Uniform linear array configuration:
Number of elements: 24
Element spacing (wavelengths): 0.25
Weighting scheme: kaiser
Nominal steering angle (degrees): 45
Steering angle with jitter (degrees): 45.645
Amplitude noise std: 0.05
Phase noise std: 0.05

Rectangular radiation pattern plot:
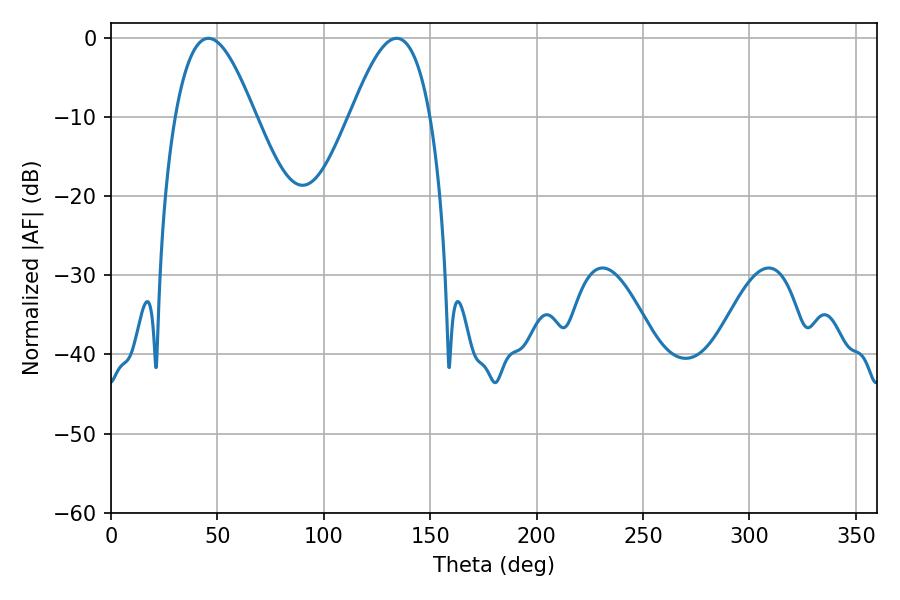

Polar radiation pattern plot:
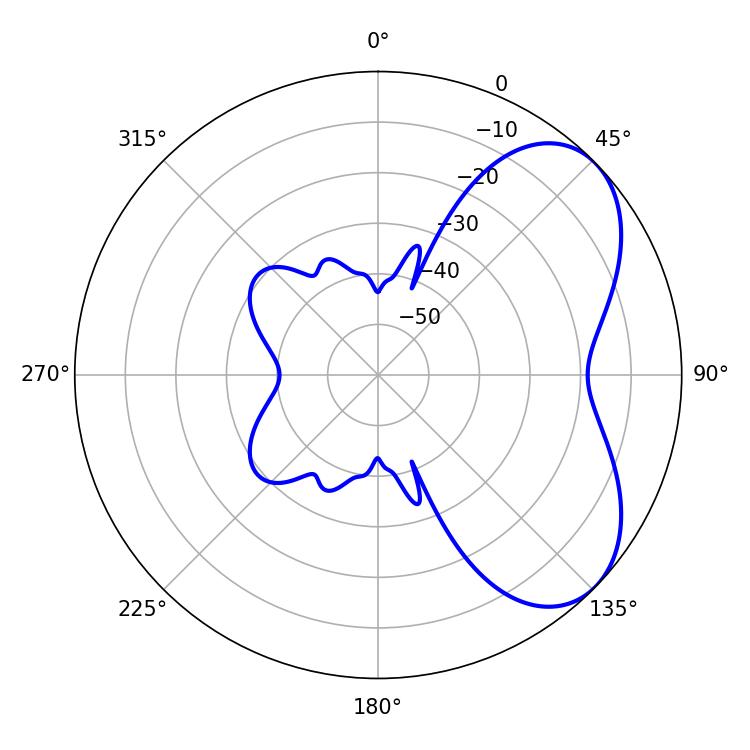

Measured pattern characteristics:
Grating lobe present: FALSE
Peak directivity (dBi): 5.419
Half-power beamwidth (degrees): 20.34
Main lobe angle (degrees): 45.72